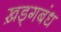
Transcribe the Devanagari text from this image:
ख़ड्गबंध